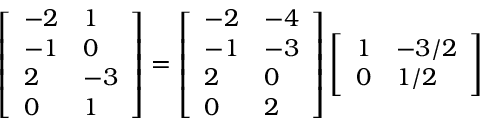
\begin{array} { r } { \left[ \begin{array} { l l } { - 2 } & { 1 } \\ { - 1 } & { 0 } \\ { 2 } & { - 3 } \\ { 0 } & { 1 } \end{array} \right] = \left[ \begin{array} { l l } { - 2 } & { - 4 } \\ { - 1 } & { - 3 } \\ { 2 } & { 0 } \\ { 0 } & { 2 } \end{array} \right] \left[ \begin{array} { l l } { 1 } & { - 3 / 2 } \\ { 0 } & { 1 / 2 } \end{array} \right] } \end{array}